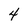
Character: 4